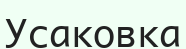
Усаковка